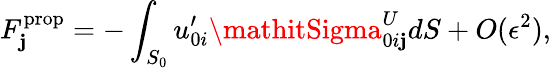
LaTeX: F_{\mathbf{j}}^{\textrm{{prop}}}=-\int_{S_{0}}u_{0i}^{\prime}\mathitSigma_{0i\mathbf{j}}^{U}dS+O(\epsilon^{2}),